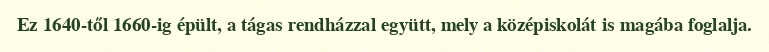
Ez 1640-től 1660-ig épült, a tágas rendházzal együtt, mely a középiskolát is magába foglalja.